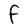
Character: F